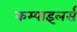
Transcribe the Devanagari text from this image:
कम्पाइलर्स